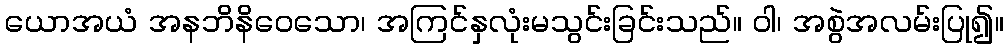
ယောအယံ အနဘိနိဝေသော၊ အကြင်နှလုံးမသွင်းခြင်းသည်။ ဝါ၊ အစွဲအလမ်းပြု၍။